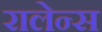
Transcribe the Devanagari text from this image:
रालेन्स